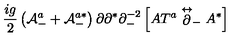
\frac { i g } { 2 } \left( { \cal A } _ { - } ^ { a } + { \cal A } _ { - } ^ { a * } \right) \partial \partial ^ { * } \partial _ { - } ^ { - 2 } \left[ A T ^ { a } \stackrel { \leftrightarrow } { \partial } _ { - } A ^ { * } \right]